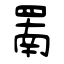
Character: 罱